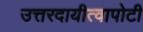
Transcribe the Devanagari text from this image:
उत्तरदायीत्वापोटी